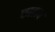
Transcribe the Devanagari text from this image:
काढाच